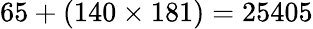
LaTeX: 65+(140\times 181)=25405